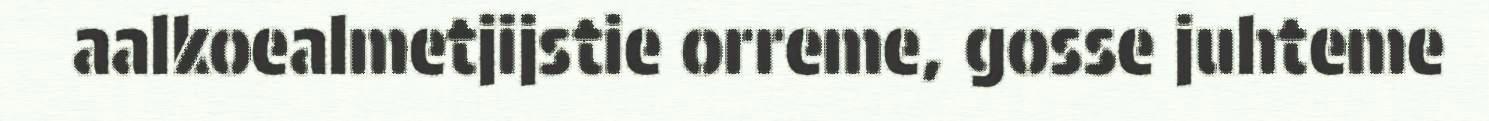
aalkoealmetjijstie orreme, gosse juhteme